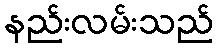
နည်းလမ်းသည်